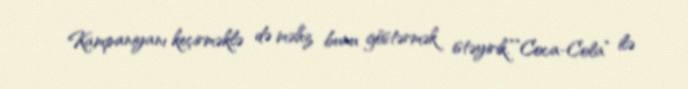
Kampaniyanı keçirməklə də məhz bunu göstərmək istəyirik.””Coca-Cola” ilə